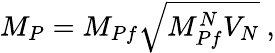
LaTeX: M_{P}=M_{Pf}\sqrt{M_{Pf}^{N}V_{N}}~,